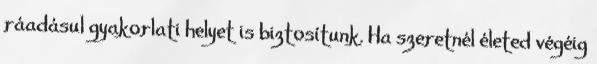
ráadásul gyakorlati helyet is biztosítunk. Ha szeretnél életed végéig